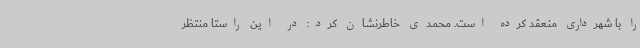
را با شهرداری منعقد کرده است. محمدی خاطرنشان کرد: در این راستا منتظر